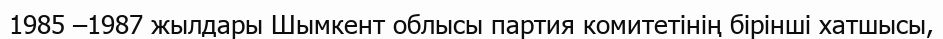
1985 –1987 жылдары Шымкент облысы партия комитетінің бірінші хатшысы,